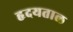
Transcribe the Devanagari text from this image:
हृदयताल